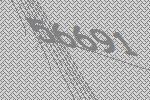
56691